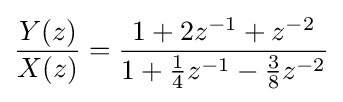
{\frac {Y(z)}{X(z)}}={\frac {1+2z^{-1}+z^{-2}}{1+{\frac {1}{4}}z^{-1}-{\frac {3}{8}}z^{-2}}}